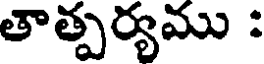
తాత్పర్యము :